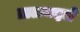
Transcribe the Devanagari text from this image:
ताळमद्दले